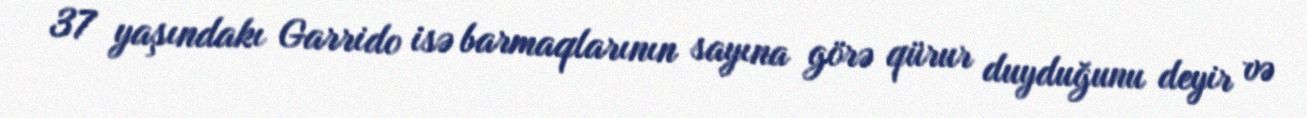
37 yaşındakı Garrido isə barmaqlarının sayına görə qürur duyduğunu deyir və